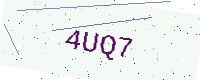
Text: 4UQ7